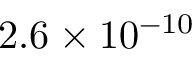
2 . 6 \times 1 0 ^ { - 1 0 }